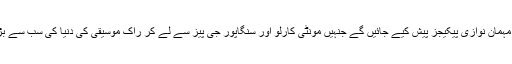
صارفین کو بے مثال اور خصوصی طور پر تیار کردہ کارپوریٹ ترغیب والے مہمان نوازی پیکیجز پیش کیے جائیں گے جنہیں مونٹی کارلو اور سنگاپور جی پیز سے لے کر راک موسیقی کی دنیا کی سب سے بڑی تقریبات میں اسٹیج کے پیچھے اور پس پردہ و اندر تک رسائی حاصل ہوگی۔